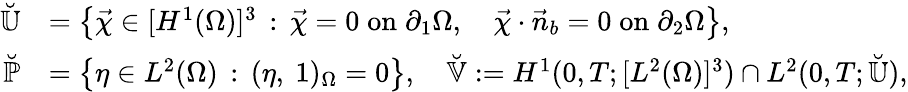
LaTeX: \begin{array}{rl}{\breve{\mathbb{U}}}&{=\left\{ \vec{\chi}\in[H^{1}(\Omega)]^{3}\, :\, \vec{\chi}=0\; \mathrm{on}\; \partial_{1}\Omega,\quad\vec{\chi}\cdot\vec{n}_{b}=0\; \mathrm{on}\; \partial_{2}\Omega\right\} ,}\\ {\breve{\mathbb{P}}}&{=\bigl\{ \eta\in L^{2}(\Omega)\, :\, (\eta,~1)_{\Omega}=0\bigr\} ,\quad\breve{\mathbb{V}}:=H^{1}(0,T;[L^{2}(\Omega)]^{3})\cap L^{2}(0,T;\breve{\mathbb{U}}),}\end{array}